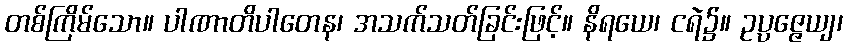
တစ်ကြိမ်သော။ ပါဏာတိပါတေန၊ အသက်သတ်ခြင်းဖြင့်။ နိရယေ၊ ငရဲ၌။ ဥပ္ပဇ္ဇေယျ၊